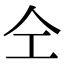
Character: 仝